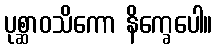
ပုစ္ဆာဝသိကော နိက္ခေပေါ။